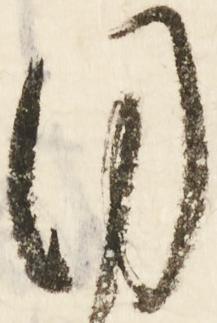
目